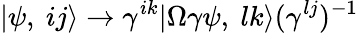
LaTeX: |\psi,\ ij\rangle\rightarrow\gamma^{ik}|\Omega\gamma\psi,\ lk\rangle(\gamma^{lj})^{-1}